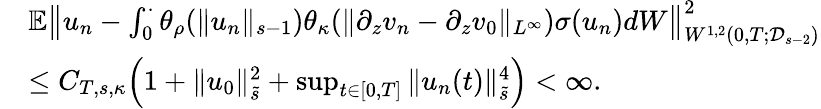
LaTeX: \begin{array}{rl}&{\mathbb E\left\| u_{n}-\int_{0}^{\cdot}\theta_{\rho}(\| u_{n}\| _{s-1})\theta_{\kappa}(\| \partial_{z}v_{n}-\partial_{z}v_{0}\| _{L^{\infty}})\sigma(u_{n})dW\right\| _{W^{1,2}(0,T;\mathcal D_{s-2})}^{2}}\\ &{\leq C_{T,s,\kappa}\Big(1+\| u_{0}\| _{\tilde{s}}^{2}+\operatorname*{sup}_{t\in[0,T]}\| u_{n}(t)\| _{\tilde{s}}^{4}\Big)<\infty.}\end{array}